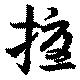
擾